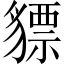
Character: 𧴋